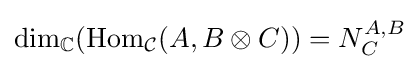
{\text{dim}}_{\mathbb {C} }({\text{Hom}}_{\mathcal {C}}(A,B\otimes C))=N_{C}^{A,B}